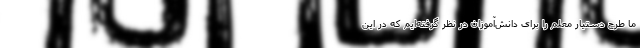
ما طرح دستیار معلم را برای دانش‌آموزان در نظر گرفته‌ایم که در این